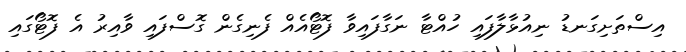
އިސްތަށިގަނޑު ނިއުޅާލާފައި ހުއްޓާ ނަގާފައިވާ ފޮޓޯއެއް ފެނިގެން ގޮސްފައި ވާއިރު އެ ފޮޓޯގައި